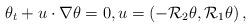
LaTeX: \begin{align*}\theta_{t}+u\cdot\nabla\theta=0, u=\left(-\mathcal{R}_{2}\theta, \mathcal{R}_{1}\theta\right),\end{align*}